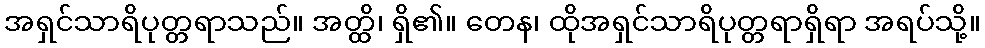
အရှင်သာရိပုတ္တရာသည်။ အတ္ထိ၊ ရှိ၏။ တေန၊ ထိုအရှင်သာရိပုတ္တရာရှိရာ အရပ်သို့။